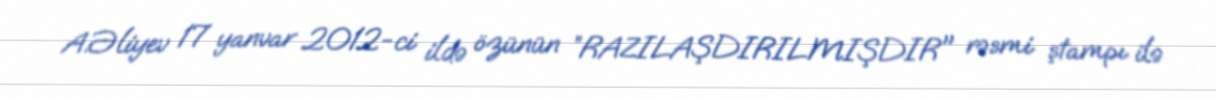
A.Əliyev 17 yanvar 2012-ci ildə özünün ”RAZILAŞDIRILMIŞDIR" rəsmi ştampı ilə